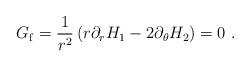
LaTeX: \begin{align*}G_{\rm f} = \frac{1}{r^2}\left( r\partial_r H_1 -2 \partial_\theta H_2\right) =0 \ .\end{align*}